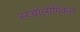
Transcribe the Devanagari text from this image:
स्य्चोलोगिकल